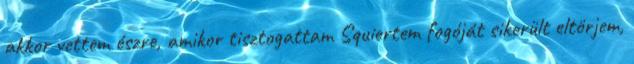
akkor vettem észre, amikor tisztogattam Squiertem fogóját sikerült eltörjem,